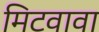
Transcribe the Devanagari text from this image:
मिटवावा